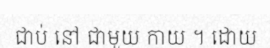
ជាប់ នៅ ជាមួយ កាយ ។ ដោយ